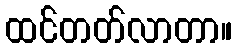
ထင်တတ်လာတာ။